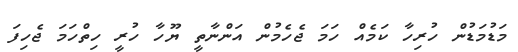
މަޑުމަޑުން ހުރިހާ ކަމެއް ހަމަ ޖެހެމުން އަންނާތީ ޔޫހާ ހުރީ ހިތްހަމަ ޖެހިފަ